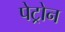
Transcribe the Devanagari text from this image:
पेट्रोन